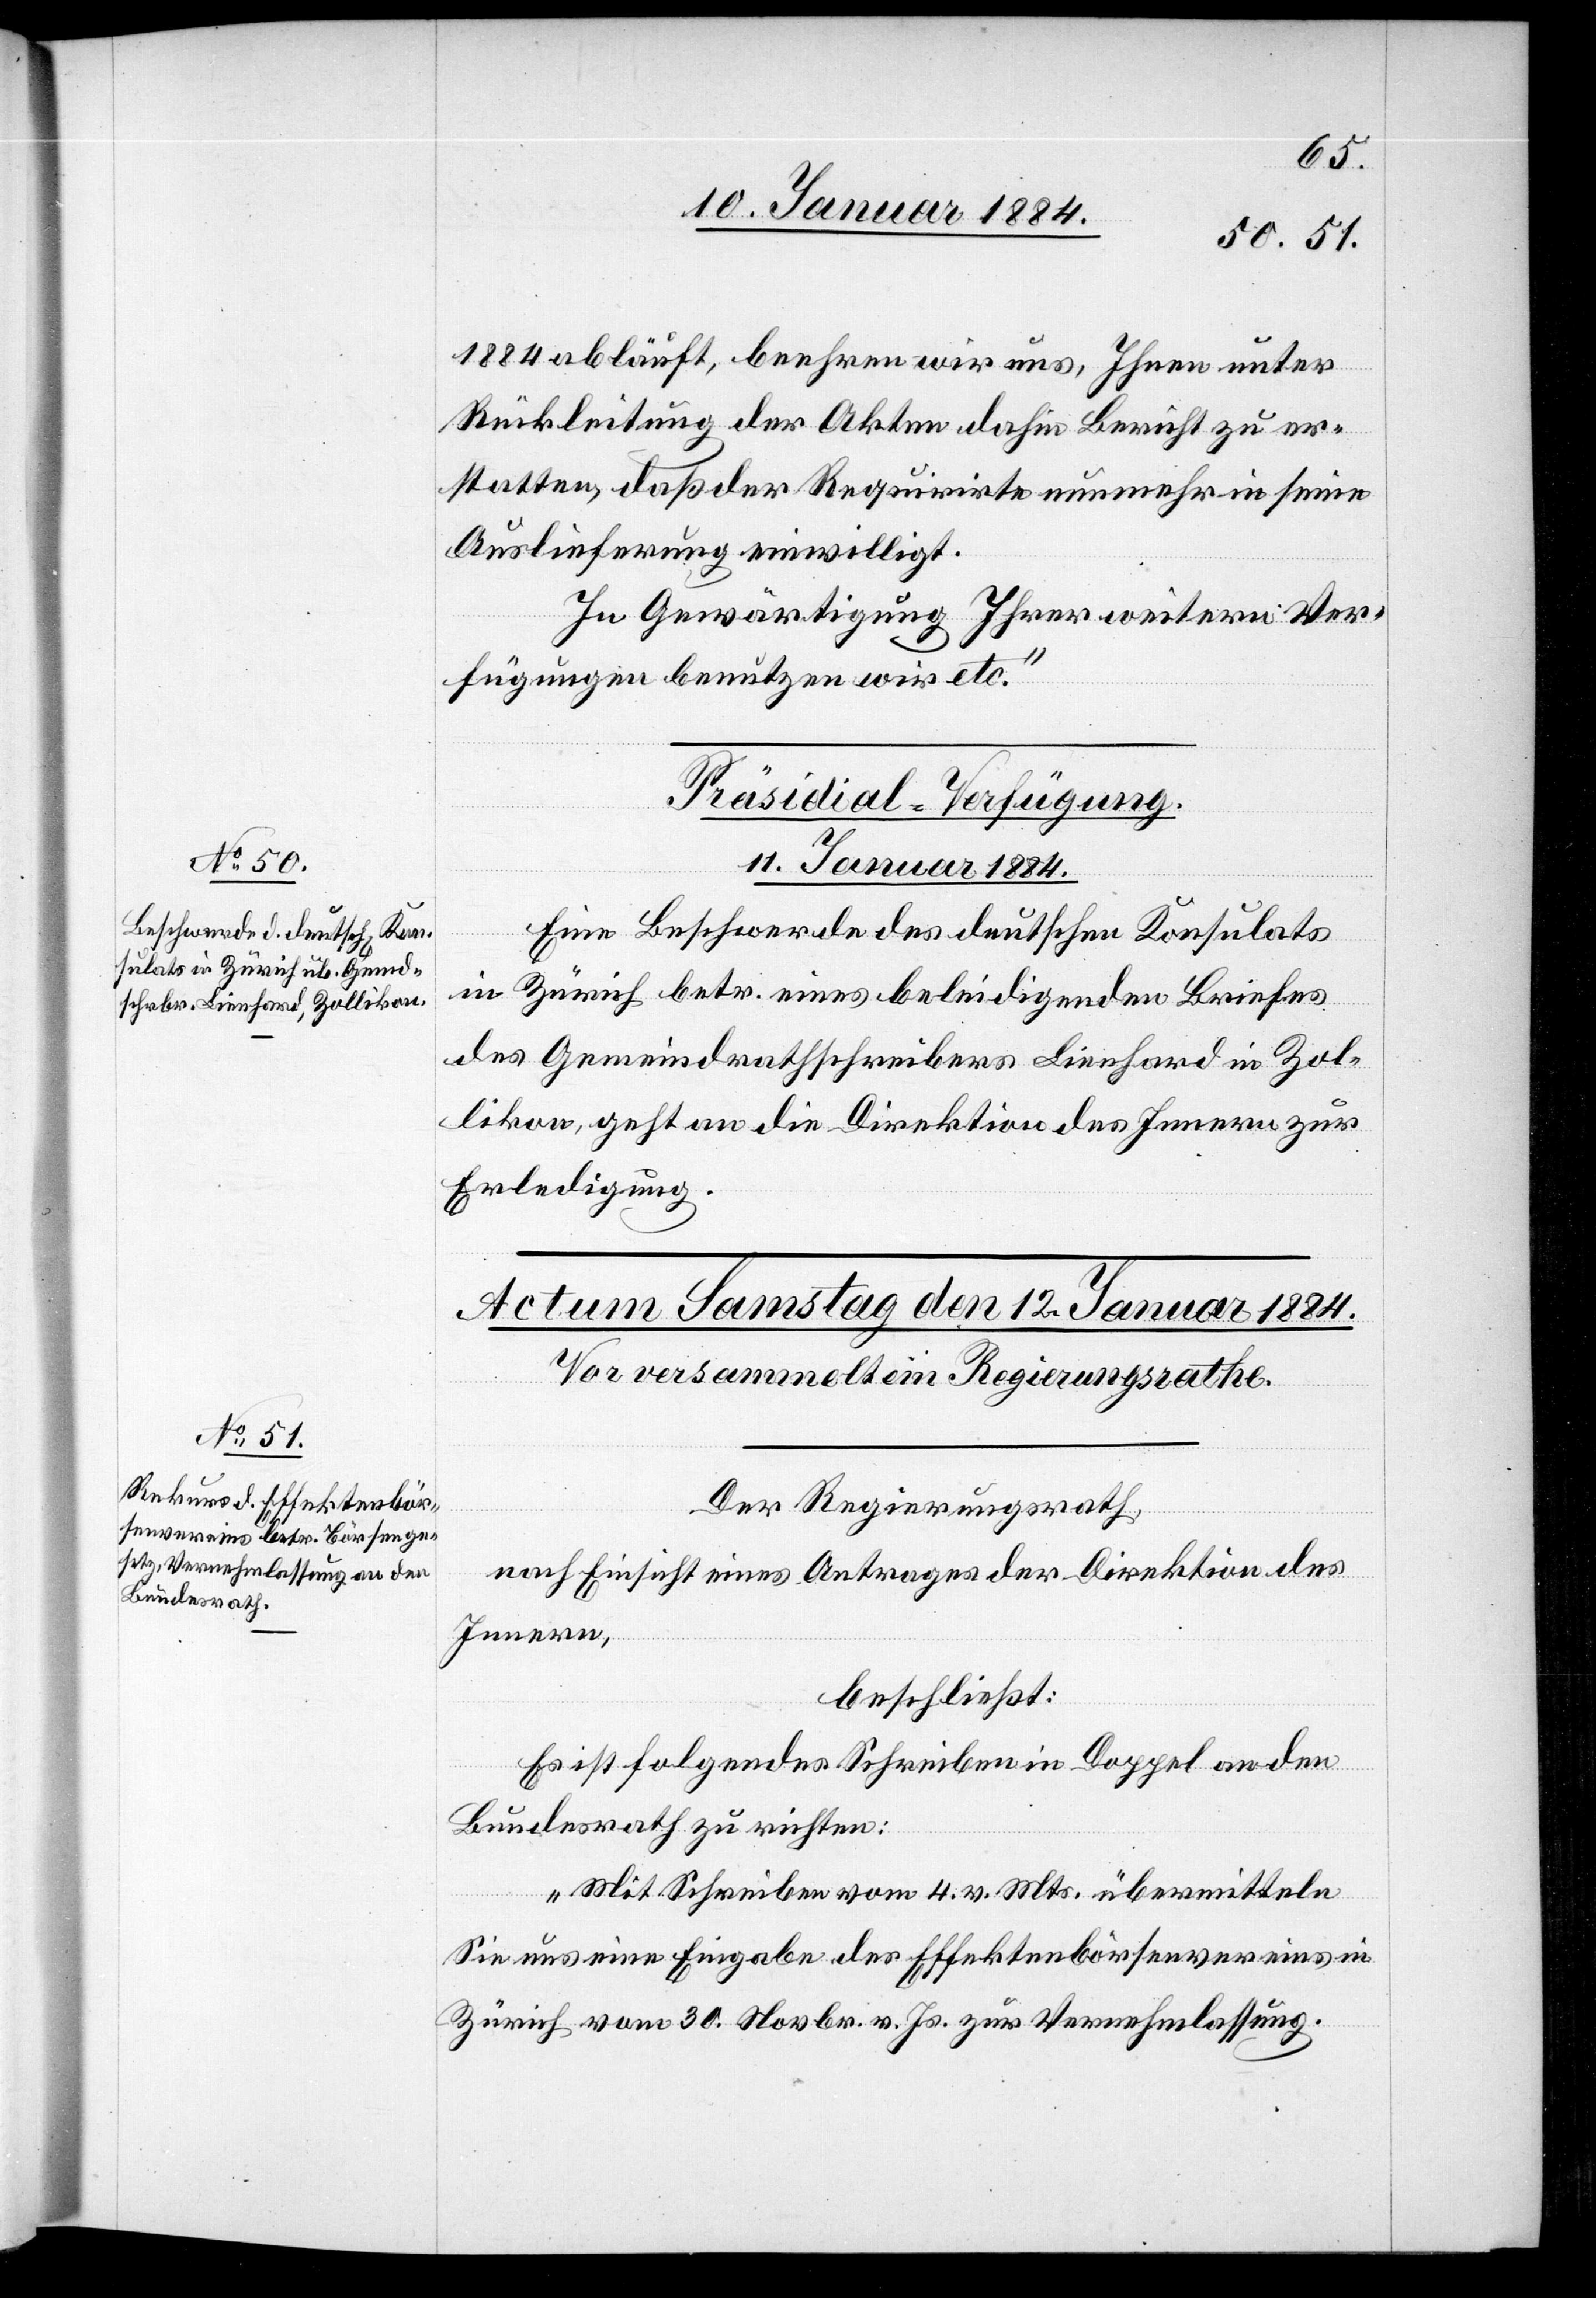
1884 abläuft, beehren wir uns, Ihnen unter
Rückleitung der Akten dahin Bericht zu er¬
statten, daß der Requirirte nunmehr in seine
Auslieferung einwilligt.
In Gewärtigung Ihrer weitern Ver¬
fügungen benutzen wir etc.“
Präsidial-Verfügung.
11. Januar 1884.
Eine Beschwerde des deutschen Konsulates
in Zürich betr. eines beleidigenden Briefes
des Gemeindrathsschreibers Lienhard in Zol¬
likon, geht an die Direktion des Innern zur
Erledigung.
Der Regierungsrath,
nach Einsicht eines Antrages der Direktion des
Innern,
beschließt:
Es ist folgendes Schreiben in Doppel an den
Bundesrath zu richten:
„Mit Schreiben vom 4. v. Mts. übermitteln
Sie uns eine Eingabe des Effektenbörsenvereins in
Zürich vom 30. Novbr. v. Js. zur Vernehmlassung.